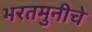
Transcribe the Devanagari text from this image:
भरतमुनीचे